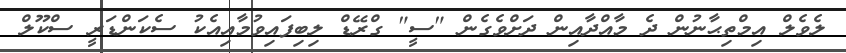
ލެވެލް އިމްތިޙާނުން ދެ މާއްދާއިން ދަށްވެގެން "ސީ" ގްރޭޑް ލިބިފައިވުމާއިއެކު ސެކަންޑަރީ ސްކޫލް